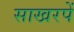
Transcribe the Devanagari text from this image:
साखरपें